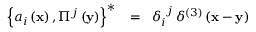
\begin{array} { r l r } { \left\{ { a _ { i } \left( { \bf x } \right) , \Pi ^ { j } \left( { \bf y } \right) } \right\} ^ { \ast } \! } & { { } = } & { \! \delta _ { i } ^ { \; \, j } \, \delta ^ { \left( 3 \right) } \left( { { \bf x } - { \bf y } } \right) } \end{array}